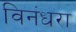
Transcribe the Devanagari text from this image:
विनंधरा